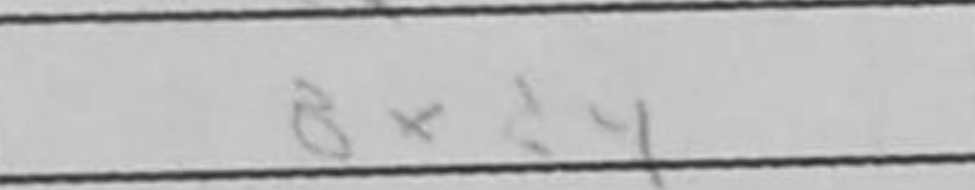
Transcription: Bxd4